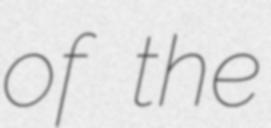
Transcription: of the